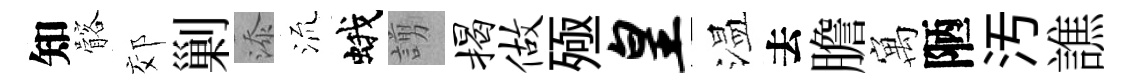
知髂郊剿添𣴑蛾謭揭做殛皇温去膽寓陋汚譙